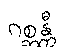
ဂစ္ဆန္တီ